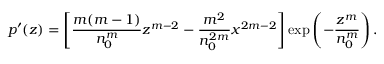
p ^ { \prime } ( z ) = \left[ \frac { m ( m - 1 ) } { n _ { 0 } ^ { m } } z ^ { m - 2 } - \frac { m ^ { 2 } } { n _ { 0 } ^ { 2 m } } x ^ { 2 m - 2 } \right] \exp \left( - \frac { z ^ { m } } { n _ { 0 } ^ { m } } \right) .